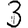
Digit: 3